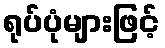
ရုပ်ပုံများဖြင့်